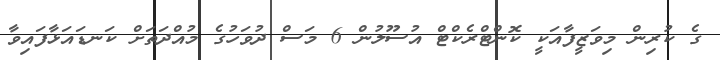
ގެ ކުރިން މިވަޒީފާއަކީ ކޮންޓްރެކްޓް އުސޫލުން 6 މަސް ދުވަހުގެ މުއްދަތަށް ކަނޑައަޅާފައިވާ